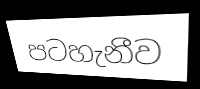
පටහැනීව